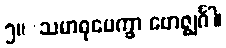
၅။	သမာဓုပေက္ခာ ဗောဇ္ဈင်္ဂါ၊